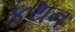
કથન